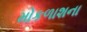
મોકળાશના